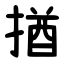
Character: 揂